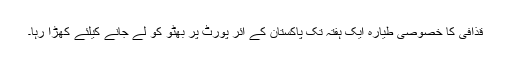
قذافی کا خصوصی طیارہ ایک ہفتہ تک پاکستان کے ائر پورٹ پر بھٹو کو لے جانے کیلئے کھڑا رہا۔